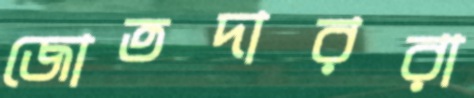
জোতদাররা